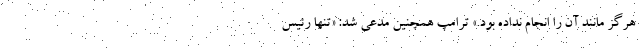
هرگز مانند آن را انجام نداده بود.» ترامپ همچنین مدعی شد: «تنها رئیس